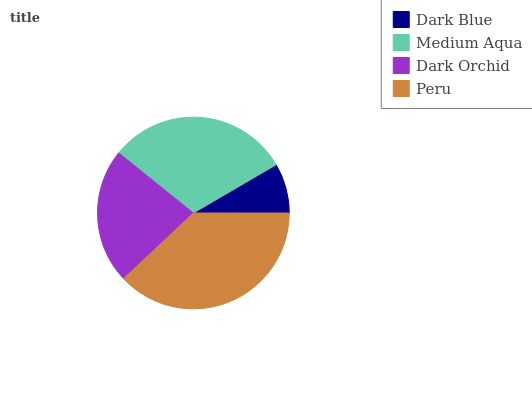
| Dark Blue | Medium Aqua | Dark Orchid | Peru |
 | --- | --- | --- | --- |
 | 8.4% | 30.9% | 22.7% | 38% |